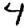
Digit: 4